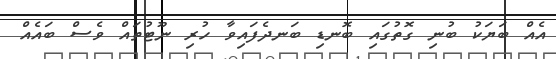
އެއް ބަޔަކު ބުނި ގޮތުގައި ބޮނޑި ބަނދެފައިވާ ހުރި ނޫޓުތައް ވެސް ބައެއް